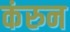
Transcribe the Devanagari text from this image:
कंरुन